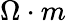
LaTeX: \Omega\cdot m